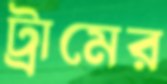
ট্রামের